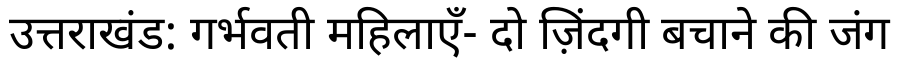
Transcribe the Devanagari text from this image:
उत्तराखंड: गर्भवती महिलाएँ- दो ज़िंदगी बचाने की जंग